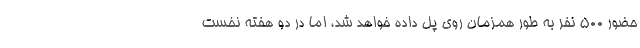
حضور 500 نفر به طور همزمان روی پل داده خواهد شد، اما در دو هفته نخست